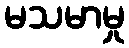
မသမာမှု